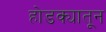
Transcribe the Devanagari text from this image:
होडक्यातून